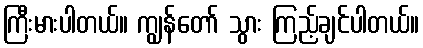
ကြီးမားပါတယ်။ ကျွန်တော် သွား ကြည့်ချင်ပါတယ်။